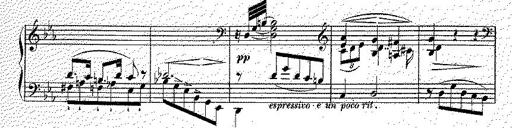
Title: Illustrations du ProphÃ¨te
Composer: Franz Liszt